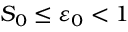
S _ { 0 } \le \varepsilon _ { 0 } < 1